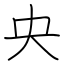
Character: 央